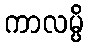
ကာလမ္ပိ